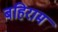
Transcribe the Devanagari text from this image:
बहिराम